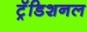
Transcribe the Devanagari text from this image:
ट्रॅडिशनल